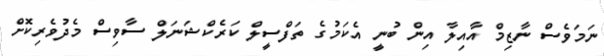
ނަމަވެސް ނާޒިމް އާއިލާ އިން ބުނީ އެކަމުގެ ތަފްސީލް ކަރެކްޝަނަލް ސާވިސް މެދުވެރިކޮށް